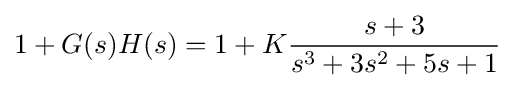
1+G(s)H(s)=1+K{\frac {s+3}{s^{3}+3s^{2}+5s+1}}